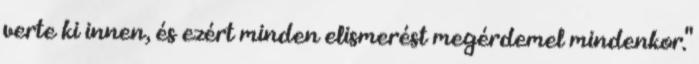
verte ki innen, és ezért minden elismerést megérdemel mindenkor."